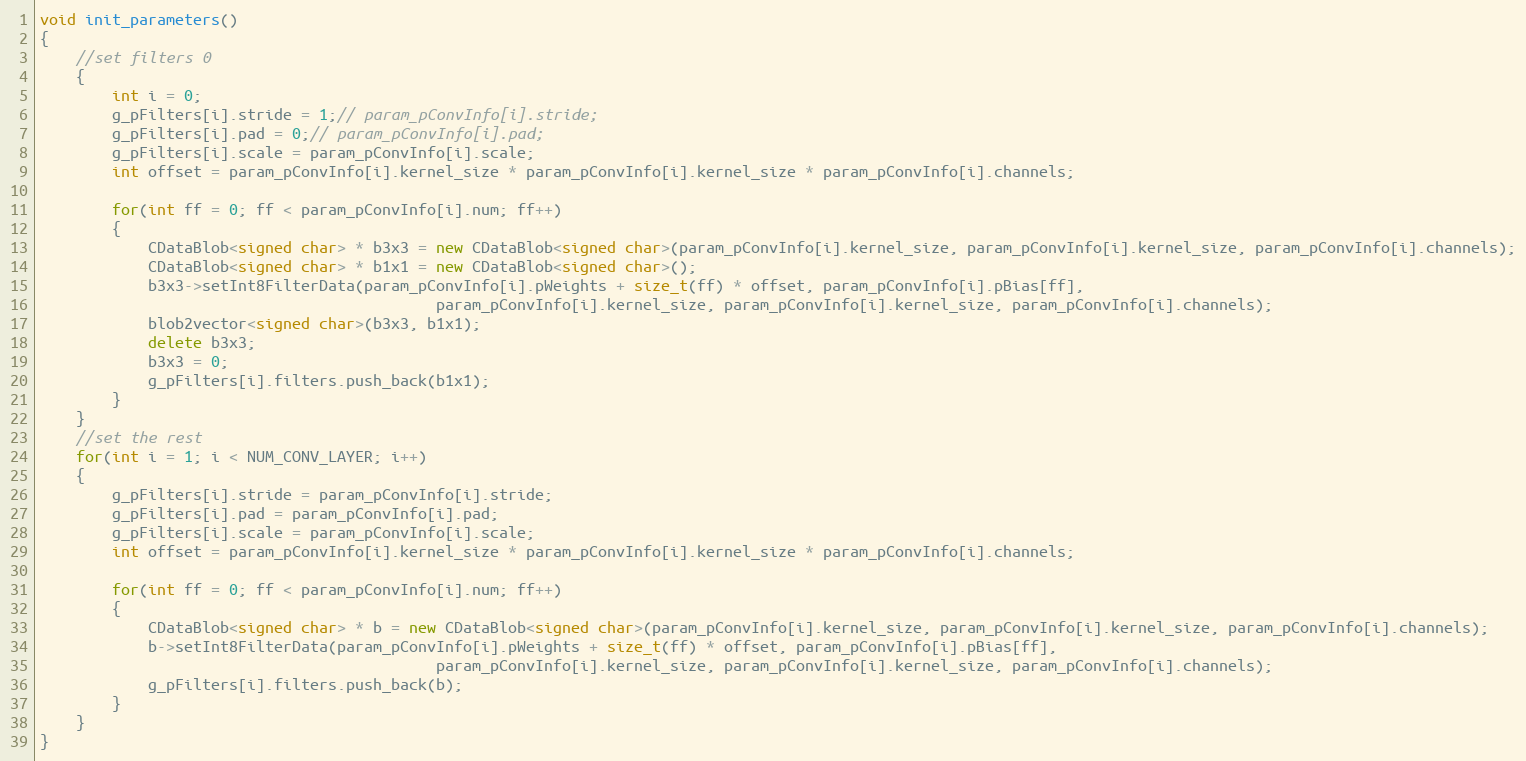
Language: C++
void init_parameters()
{
    //set filters 0
    {
        int i = 0;
        g_pFilters[i].stride = 1;// param_pConvInfo[i].stride;
        g_pFilters[i].pad = 0;// param_pConvInfo[i].pad;
        g_pFilters[i].scale = param_pConvInfo[i].scale;
        int offset = param_pConvInfo[i].kernel_size * param_pConvInfo[i].kernel_size * param_pConvInfo[i].channels;

        for(int ff = 0; ff < param_pConvInfo[i].num; ff++)
        {
            CDataBlob<signed char> * b3x3 = new CDataBlob<signed char>(param_pConvInfo[i].kernel_size, param_pConvInfo[i].kernel_size, param_pConvInfo[i].channels);
            CDataBlob<signed char> * b1x1 = new CDataBlob<signed char>();
            b3x3->setInt8FilterData(param_pConvInfo[i].pWeights + size_t(ff) * offset, param_pConvInfo[i].pBias[ff],
                                            param_pConvInfo[i].kernel_size, param_pConvInfo[i].kernel_size, param_pConvInfo[i].channels);
            blob2vector<signed char>(b3x3, b1x1);
            delete b3x3;
            b3x3 = 0;
            g_pFilters[i].filters.push_back(b1x1);
        }
    }
    //set the rest
    for(int i = 1; i < NUM_CONV_LAYER; i++)
    {
        g_pFilters[i].stride = param_pConvInfo[i].stride;
        g_pFilters[i].pad = param_pConvInfo[i].pad;
        g_pFilters[i].scale = param_pConvInfo[i].scale;
        int offset = param_pConvInfo[i].kernel_size * param_pConvInfo[i].kernel_size * param_pConvInfo[i].channels;

        for(int ff = 0; ff < param_pConvInfo[i].num; ff++)
        {
            CDataBlob<signed char> * b = new CDataBlob<signed char>(param_pConvInfo[i].kernel_size, param_pConvInfo[i].kernel_size, param_pConvInfo[i].channels);
            b->setInt8FilterData(param_pConvInfo[i].pWeights + size_t(ff) * offset, param_pConvInfo[i].pBias[ff],
                                            param_pConvInfo[i].kernel_size, param_pConvInfo[i].kernel_size, param_pConvInfo[i].channels);
            g_pFilters[i].filters.push_back(b);
        }
    }
}